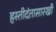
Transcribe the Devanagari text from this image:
हस्तीदंतासारखी